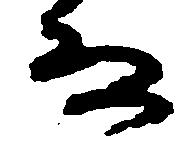
な